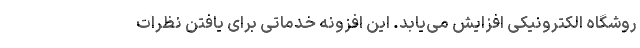
روشگاه الکترونیکی افزایش می‌یابد. این افزونه خدماتی برای یافتن نظرات